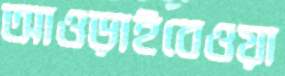
আওড়াইবেওয়া